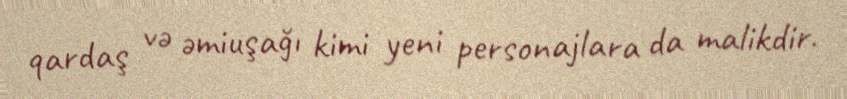
qardaş və əmiuşağı kimi yeni personajlara da malikdir.